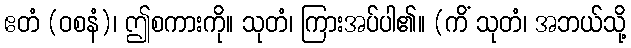
ဧတံ (ဝစနံ)၊ ဤစကားကို။ သုတံ၊ ကြားအပ်ပါ၏။ (ကိံ သုတံ၊ အဘယ်သို့